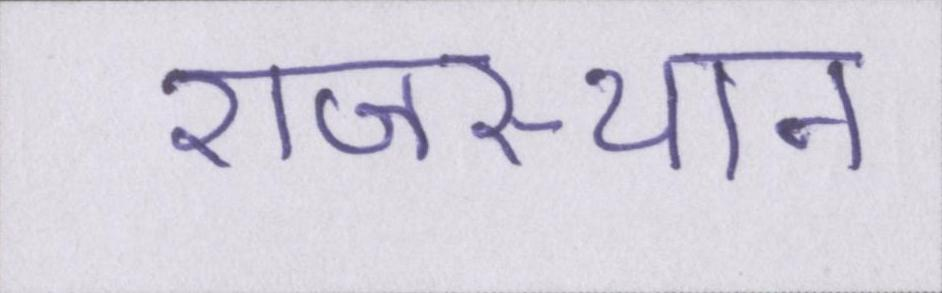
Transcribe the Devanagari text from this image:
राजस्थान